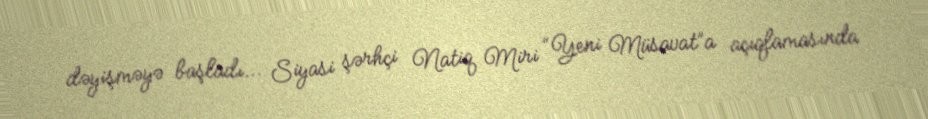
dəyişməyə başladı... Siyasi şərhçi Natiq Miri “Yeni Müsavat”a açıqlamasında